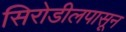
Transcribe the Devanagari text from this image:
सिरोडीलपासून